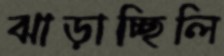
ঝাড়াচ্ছিলি